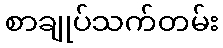
စာချုပ်သက်တမ်း